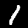
Digit: 1